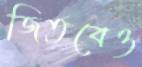
জিতবেও